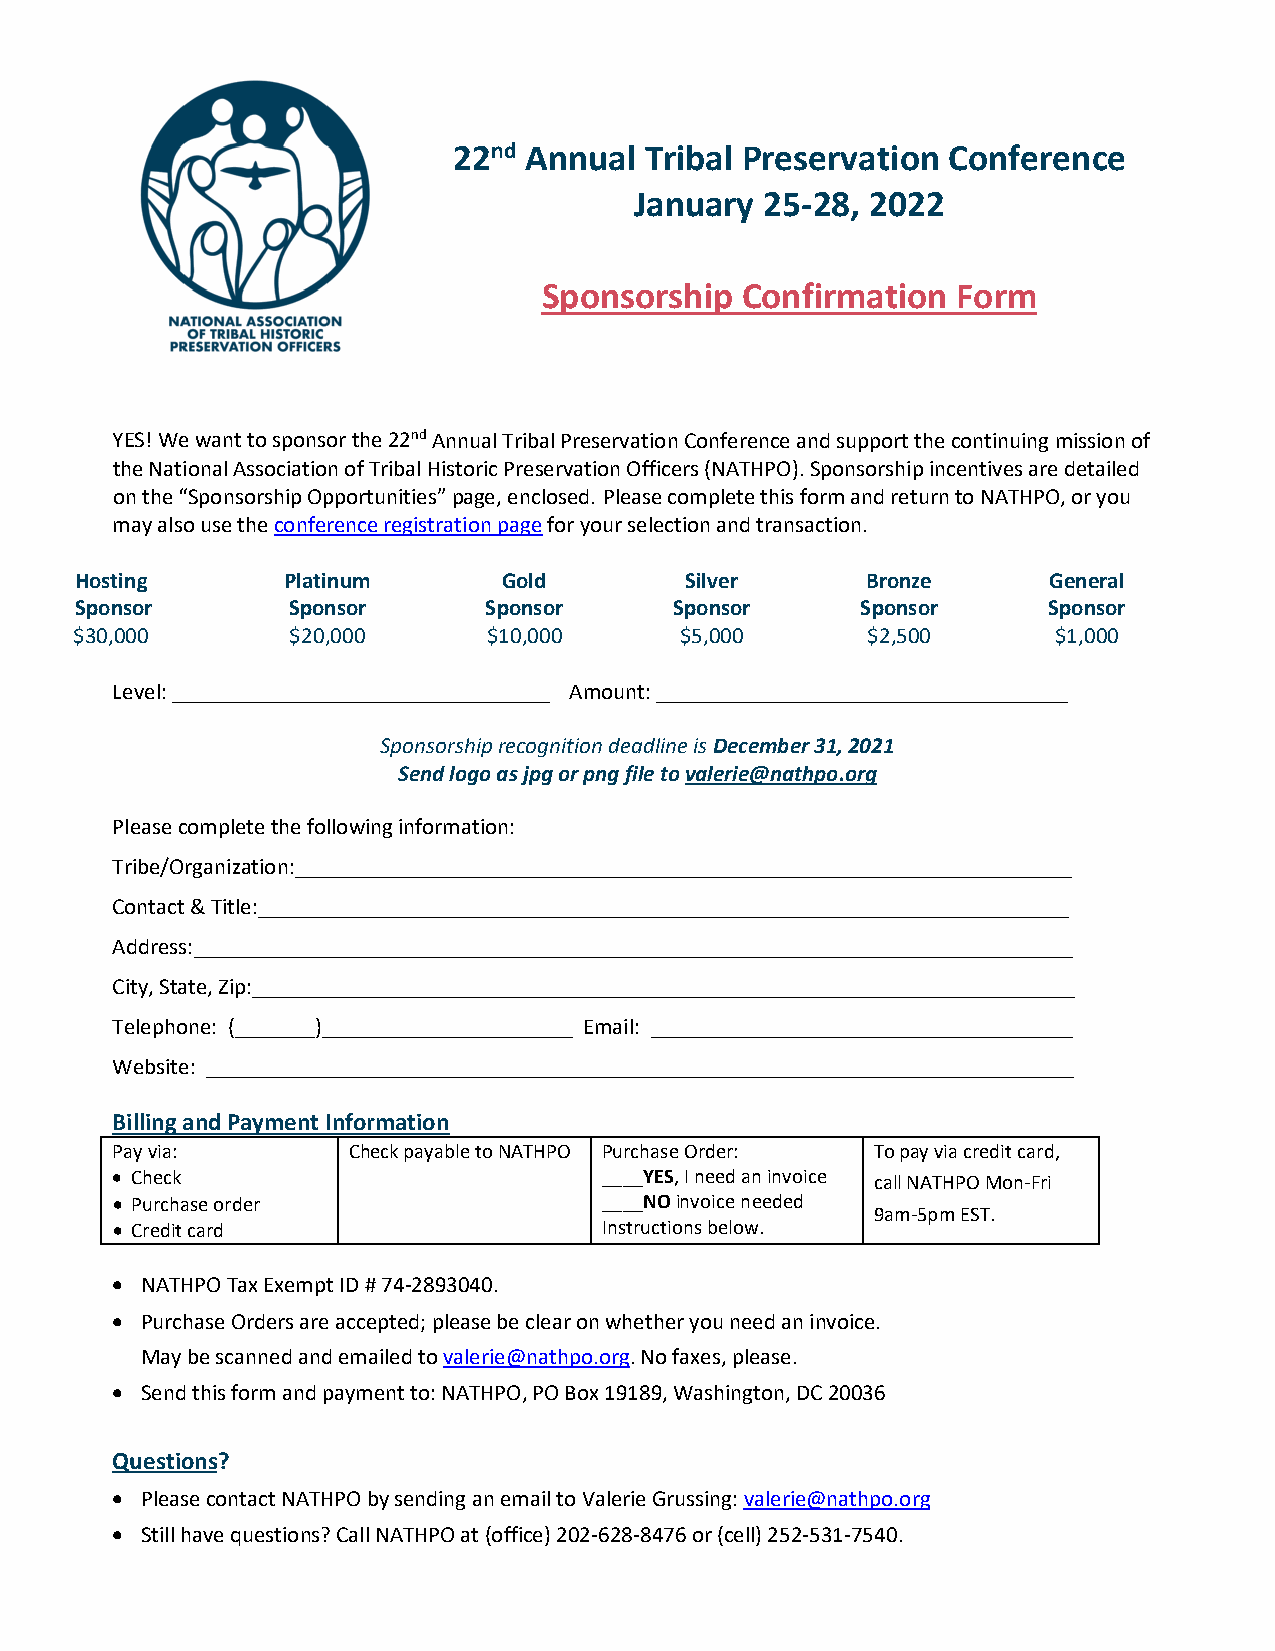
22nd Annual  Tribal Preservation Conference
 January  25-28, 2022
 Sponsorship  Confirmation  Form
 YES! We want to sponsor the 22nd Annual Tribal Preservation Conference and support the continuing mission of
 the National Association of Tribal Historic Preservation Officers (NATHPO). Sponsorship incentives are detailed
 on the “Sponsorship Opportunities” page, enclosed. Please complete this form and return to NATHPO, or you
 may also use the conference registration page for your selection and transaction.
 Hosting       Platinum      Gold        Silver      Bronze      General
 Sponsor       Sponsor      Sponsor      Sponsor     Sponsor     Sponsor
 $30,000       $20,000      $10,000      $5,000      $2,500       $1,000
 Level: _________________________________ Amount: ____________________________________
 Sponsorship recognition deadline is December 31, 2021
 Send logo as jpg or png file to valerie@nathpo.org
 Please complete the following information:
 Tribe/Organization:____________________________________________________________________
 Contact & Title:_______________________________________________________________________
 Address:_____________________________________________________________________________
 City, State, Zip:________________________________________________________________________
 Telephone: (_______)______________________ Email: _____________________________________
 Website: ____________________________________________________________________________
 Billing and Payment Information
 Pay via:        Check payable to NATHPO Purchase Order: To pay via credit card,
 • Check                          ____YES, I need an invoice call NATHPO Mon-Fri
 • Purchase order                 ____NO invoice needed
 9am-5pm EST.
 • Credit card                    Instructions below.
 • NATHPO Tax Exempt ID # 74-2893040.
 • Purchase Orders are accepted; please be clear on whether you need an invoice.
 May be scanned and emailed to valerie@nathpo.org. No faxes, please.
 • Send this form and payment to: NATHPO, PO Box 19189, Washington, DC 20036
 Questions?
 • Please contact NATHPO by sending an email to Valerie Grussing: valerie@nathpo.org
 • Still have questions? Call NATHPO at (office) 202-628-8476 or (cell) 252-531-7540.